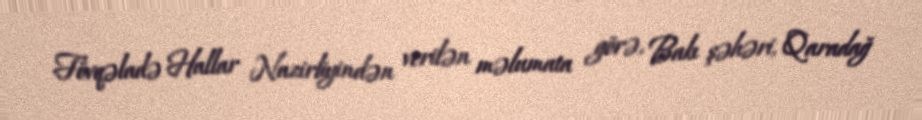
Fövqəladə Hallar Nazirliyindən verilən məlumata görə, Bakı şəhəri, Qaradağ